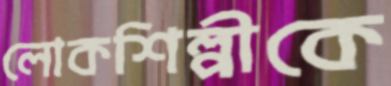
লোকশিল্পীকে